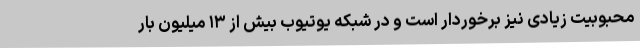
محبوبیت زیادی نیز برخوردار است و در شبکه یوتیوب بیش از ۱۳ میلیون بار